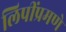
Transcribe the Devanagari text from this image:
लिपींप्रमणे